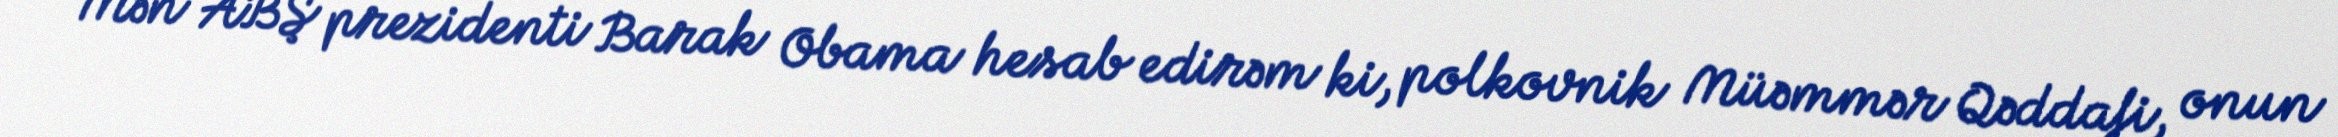
Mən ABŞ prezidenti Barak Obama hesab edirəm ki, polkovnik Müəmmər Qəddafi, onun